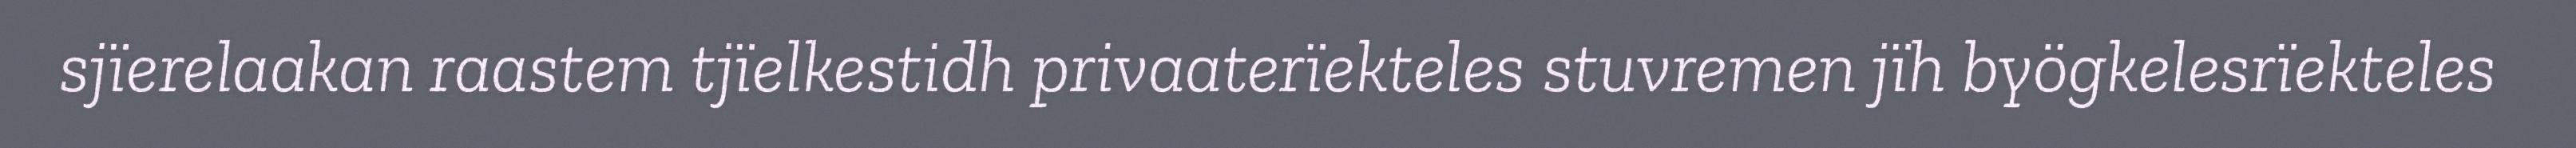
sjïerelaakan raastem tjïelkestidh privaaterïekteles stuvremen jïh byögkelesrïekteles